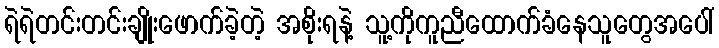
ရဲရဲတင်းတင်းချိုးဖောက်ခဲ့တဲ့ အစိုးရနဲ့ သူ့ကိုကူညီထောက်ခံနေသူတွေအပေါ်